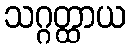
သဂ္ဂတ္ထာယ